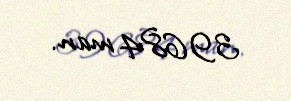
39684 man.